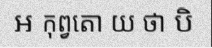
ឣ កុព្វតោ យ ថា បិ